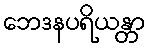
ဘေဒနပရိယန္တာ